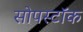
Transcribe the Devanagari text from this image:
सोपस्टॉक